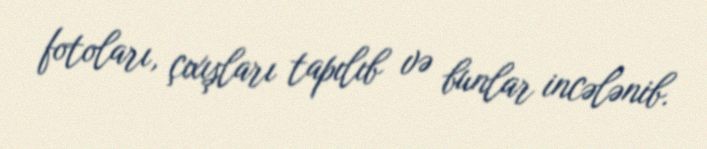
fotoları, çıxışları tapılıb və bunlar incələnib.